Report of the Municipal Commissioner on the plague in Bombay for the year ending 31st May... - Volume 2
Disease focus: Plague
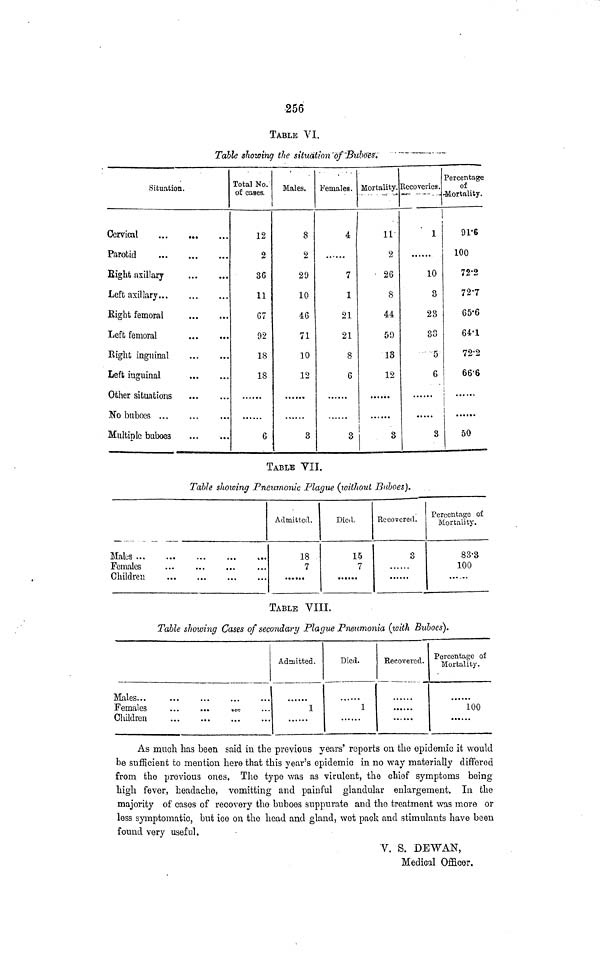
256
TABLE VI.
Table showing the situation'of'Bubo'es'.'
Situation.
Cervical
Parotid
Eight axillary
Left axillary
Eight femoral
Left femoral
Eight inguinal
Left inguinal
Other situations
No buboes ...
Multiple buboes
Total No.'
of cases.
12
2
36
11
67
92
18
18
6
Males.
8
2
29
10
46
71
10
12
3
Females.
4
7
1
21
21
8
6
3
Mortality.
11-
2
• 26
8
44
59
13
12
3
Recoveries.
1
1
10
0
O
23
33
5
6
3
Percentage
of
Mortality.
91'6
100
72*2
72-7
65-6
64-1
72-2
66-6
50
TABLE VII.
Table showing Pneumonic Plague (loitliout Buboes).
Males
Females
Children
Admitted.
18
7
Died.
15
7
Recovered.
3
Percentage of
Mortality.
83-3
100
TABLE VIII.
Table showing Cases of secondary Plague Pneumonia (with Buboes).
Males...
Females
...
...
,<*.
Children
Admitted.
1
Died.
1
Recovered.
Percentage of
Mortality.
100
As ranch has been said in the previous years' reports on the epidemic it would
be sufficient to mention here that this year's epidemic in no way materially differed
from the previous ones. The type was as virulent, the chief symptoms being
high fever, headache, vomitting and painful glandular enlargement. In the
majority of cases of recovery the buboes suppurate and the treatment was more or
less symptomatic, but ice on the head and gland, wet pack and stimulants have been
found very useful.
V. S. DEWAN,
Medical Officer.